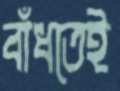
বাঁধতেই